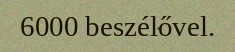
6000 beszélővel.